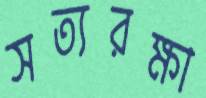
সত্যরক্ষা